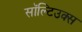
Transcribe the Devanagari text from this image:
सॉल्टिउक्स